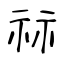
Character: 祘